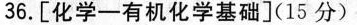
36.[化学—有机化学基础](15分)